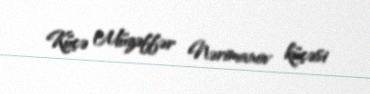
Küçə Müzəffər Nərimanov küçəsi